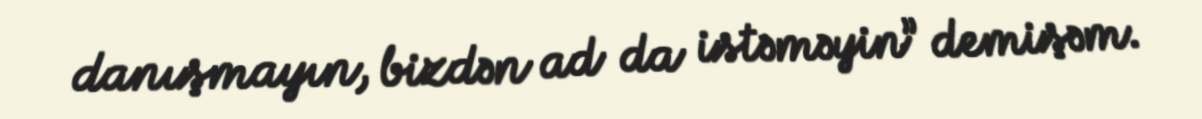
danışmayın, bizdən ad da istəməyin” demişəm.